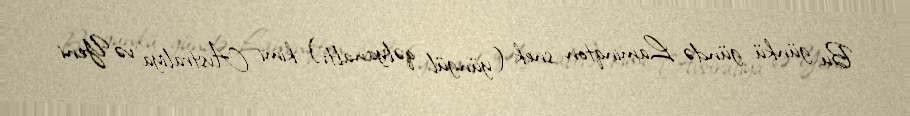
Bu günkü gündə Laminqton snek (yüngül qəlyanaltı) kimi Avstraliya və Yeni